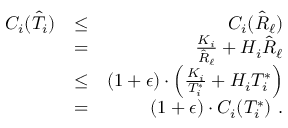
\begin{array} { r l r } { C _ { i } ( \hat { T } _ { i } ) } & { \leq } & { C _ { i } ( \hat { R } _ { \ell } ) } \\ & { = } & { \frac { K _ { i } } { \hat { R } _ { \ell } } + H _ { i } \hat { R } _ { \ell } } \\ & { \leq } & { ( 1 + \epsilon ) \cdot \left( \frac { K _ { i } } { T _ { i } ^ { * } } + H _ { i } T _ { i } ^ { * } \right) } \\ & { = } & { ( 1 + \epsilon ) \cdot C _ { i } ( T _ { i } ^ { * } ) \ . } \end{array}